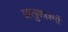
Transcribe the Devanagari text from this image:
बालुकाश्मों